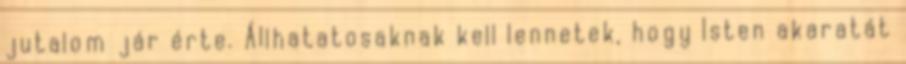
jutalom jár érte. Állhatatosaknak kell lennetek, hogy Isten akaratát